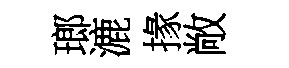
瑯漉掾敞